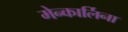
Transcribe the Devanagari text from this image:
मेन्कार्लिना